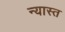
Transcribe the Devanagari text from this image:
न्यास्त